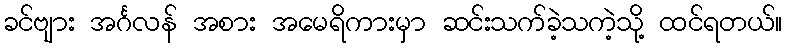
ခင်ဗျား အင်္ဂလန် အစား အမေရိကားမှာ ဆင်းသက်ခဲ့သကဲ့သို့ ထင်ရတယ်။